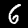
Label: 6